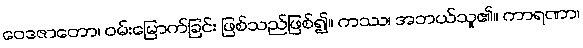
ဝေဒဇာတော၊ ဝမ်းမြောက်ခြင်း ဖြစ်သည်ဖြစ်၍။ ကဿ၊ အဘယ်သူ၏။ ကာရဏာ၊